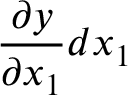
{ \frac { \partial y } { \partial x _ { 1 } } } d x _ { 1 }